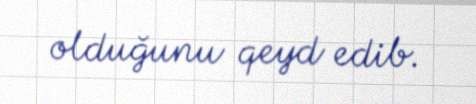
olduğunu qeyd edib.